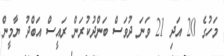
މަހުގެ 20 އަދި 21 ވަނަ ދުވަސް ބަންދުކުރަން ރައީސް އަބްދު ޔާމީން